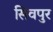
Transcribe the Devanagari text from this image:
सिवपुर